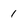
Character: 1